Regulations for the medical services of the Army of India
Year: 1930
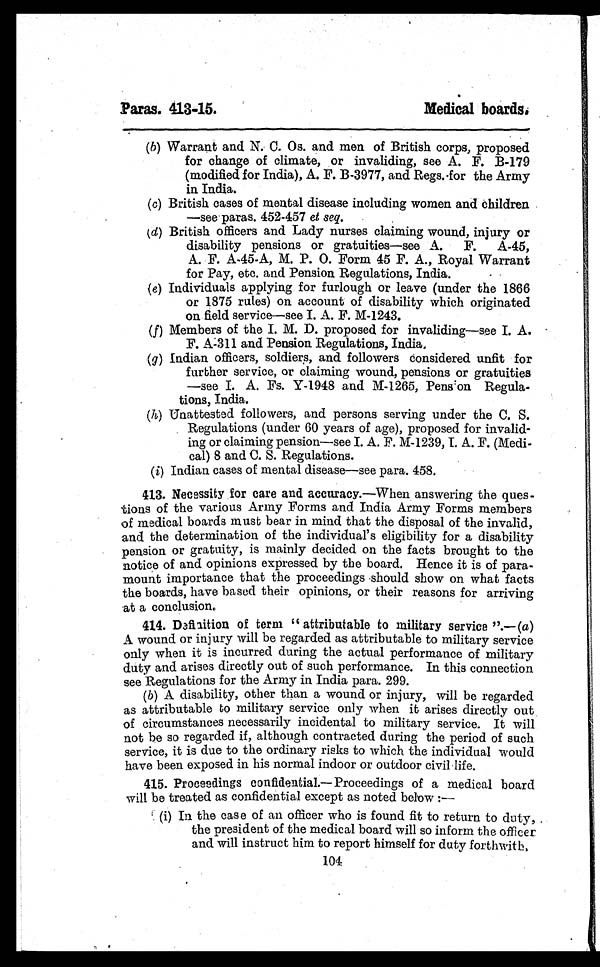
Paras. 413-15.
Medical boards.
(b) Warrant and N. C. Os. and men of British corps, proposed
for change of climate, or invaliding, see A. F. B-179
(modified for India), A. F. B-3977, and Regs.for the Army
in India.
(c) British cases of mental disease including women and children
—see paras. 452-457 et seq.
(d) British officers and Lady nurses claiming wound, injury or
disability pensions or gratuities—see A. F. A-45,
A. F. A-45-A, M. P. O. Form 45 F. A., Royal Warrant
for Pay, etc. and Pension Regulations, India.
(e) Individuals applying for furlough or leave (under the 1866
or 1875 rules) on account of disability which originated
on field service—see I. A. F. M-1243.
(f) Members of the I. M. D. proposed for invaliding—see I. A.
F. A-311 and Pension Regulations, India.
(g) Indian officers, soldiers, and followers considered unfit for
further service, or claiming wound, pensions or gratuities
—see I. A. Fs. Y-1948 and M-1265, Pension Regula
tions, India.
(h) Unattested followers, and persons serving under the C. S.
Regulations (under 60 years of age), proposed for invalid-
ing or claiming pension—see I. A. F. M-1239, I. A. F. (Medi-
cal) 8 and C. S. Regulations.
(i) Indian cases of mental disease—see para. 458.
413. Necessity for care and accuracy.—When answering the ques
tions of the various Army Forms and India Army Forms members
of medical boards must bear in mind that the disposal of the invalid,
and the determination of the individual's eligibility for a disability
pension or gratuity, is mainly decided on the facts brought to the
notice of and opinions expressed by the board. Hence it is of para-
mount importance that the proceedings should show on what facts
the boards, have based their opinions, or their reasons for arriving
at a conclusion.
414.
Definition of term " attributable to military service ".— (a)
A wound or injury will be regarded as attributable to military service
only when it is incurred during the actual performance of military
duty and arises directly out of such performance. In this connection
see Regulations for the Army in India para. 299.
( b) A disability, other than a wound or injury, will be regarded
as attributable to military service only when it arises directly out
of circumstances necessarily incidental to military service. It will
not be so regarded if, although contracted during the period of such
service, it is due to the ordinary risks to which the individual would
have been exposed in his normal indoor or outdoor civil life.
415. Proceedings confidential.— Proceedings of a medical board
will be treated as confidential except as noted below
:—
(i) In the case of an officer who is found fit to return to duty,
the president of the medical board will so inform the officer
and will instruct him to report himself for duty forthwith.
104